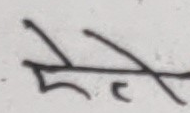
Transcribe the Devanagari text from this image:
हो